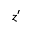
z ^ { \prime }